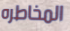
المخاطره